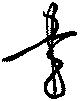
書